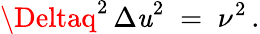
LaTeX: {\Deltaq}^{2}\, {\Delta\mathit{u}}^{2}\; =\; \nu^{2}\, .